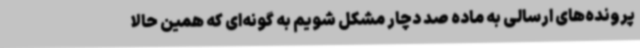
پرونده‌های ارسالی به ماده صد دچار مشکل شویم به گونه‌ای که همین حالا